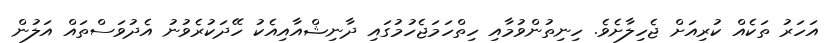
އަހަރު ތަކެއް ކުރިއަށް ޖެހިލާށެވެ. ހިނިތުންވުމާއި ހިތްހަމަޖެހުމުގައި ދާނިޝްއާއިއެކު ހޭދަކުރެވުނު އެދުވަސްތައް އަލުން